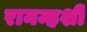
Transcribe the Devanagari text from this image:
रानम्हशी